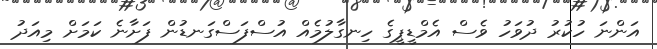
އަންނަ ހުކުރު ދުވަހު ވެސް އެމްޑީޕީގެ ހިނގާލުމެއް އުސްފަސްގަނޑުން ފަށާނެ ކަމަށް މިއަދު